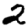
Digit: 2